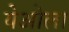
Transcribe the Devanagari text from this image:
येओला